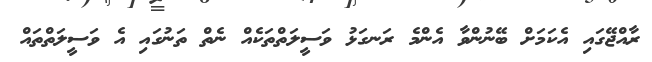
ރާއްޖޭގައި އެކަމަށް ބޭނުންވާ އެންމެ ރަނގަޅު ވަސީލަތްތަކެއް ނެތް ތަނުގައި އެ ވަސީލަތްތައް